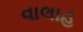
વાલાહ